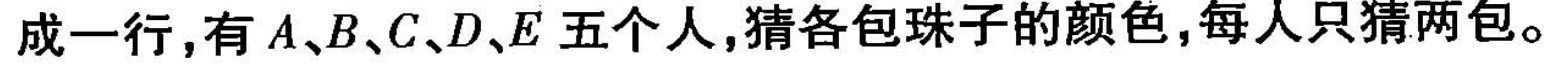
成一行，有A、B、C、D、E五个人，猜各包珠子的颜色，每人只猜两包。